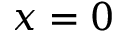
x = 0